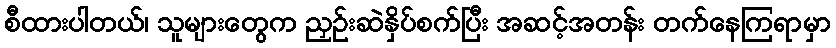
စီထားပါတယ်၊ သူများတွေက ညှဉ်းဆဲနှိပ်စက်ပြီး အဆင့်အတန်း တက်နေကြရာမှာ